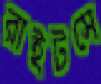
রাইটসে